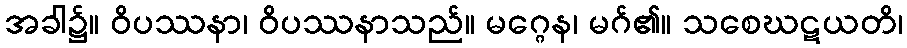
အခါ၌။ ဝိပဿနာ၊ ဝိပဿနာသည်။ မဂ္ဂေန၊ မဂ်၏။ သစေဃဋယတိ၊